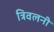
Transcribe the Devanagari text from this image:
त्रिवलनी